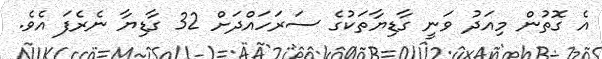
އެ ގޮތުން މިއަދު ވަނީ ގާޑިޔާތަކުގެ ސަރަހައްދަށް 32 ގާޑިޔާ ނެރެފަ އެވެ.